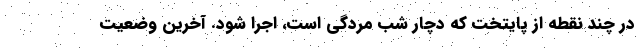
در چند نقطه از پایتخت که دچار شب مردگی است، اجرا شود. آخرین وضعیت